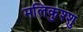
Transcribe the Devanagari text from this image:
मलिकुश्शु